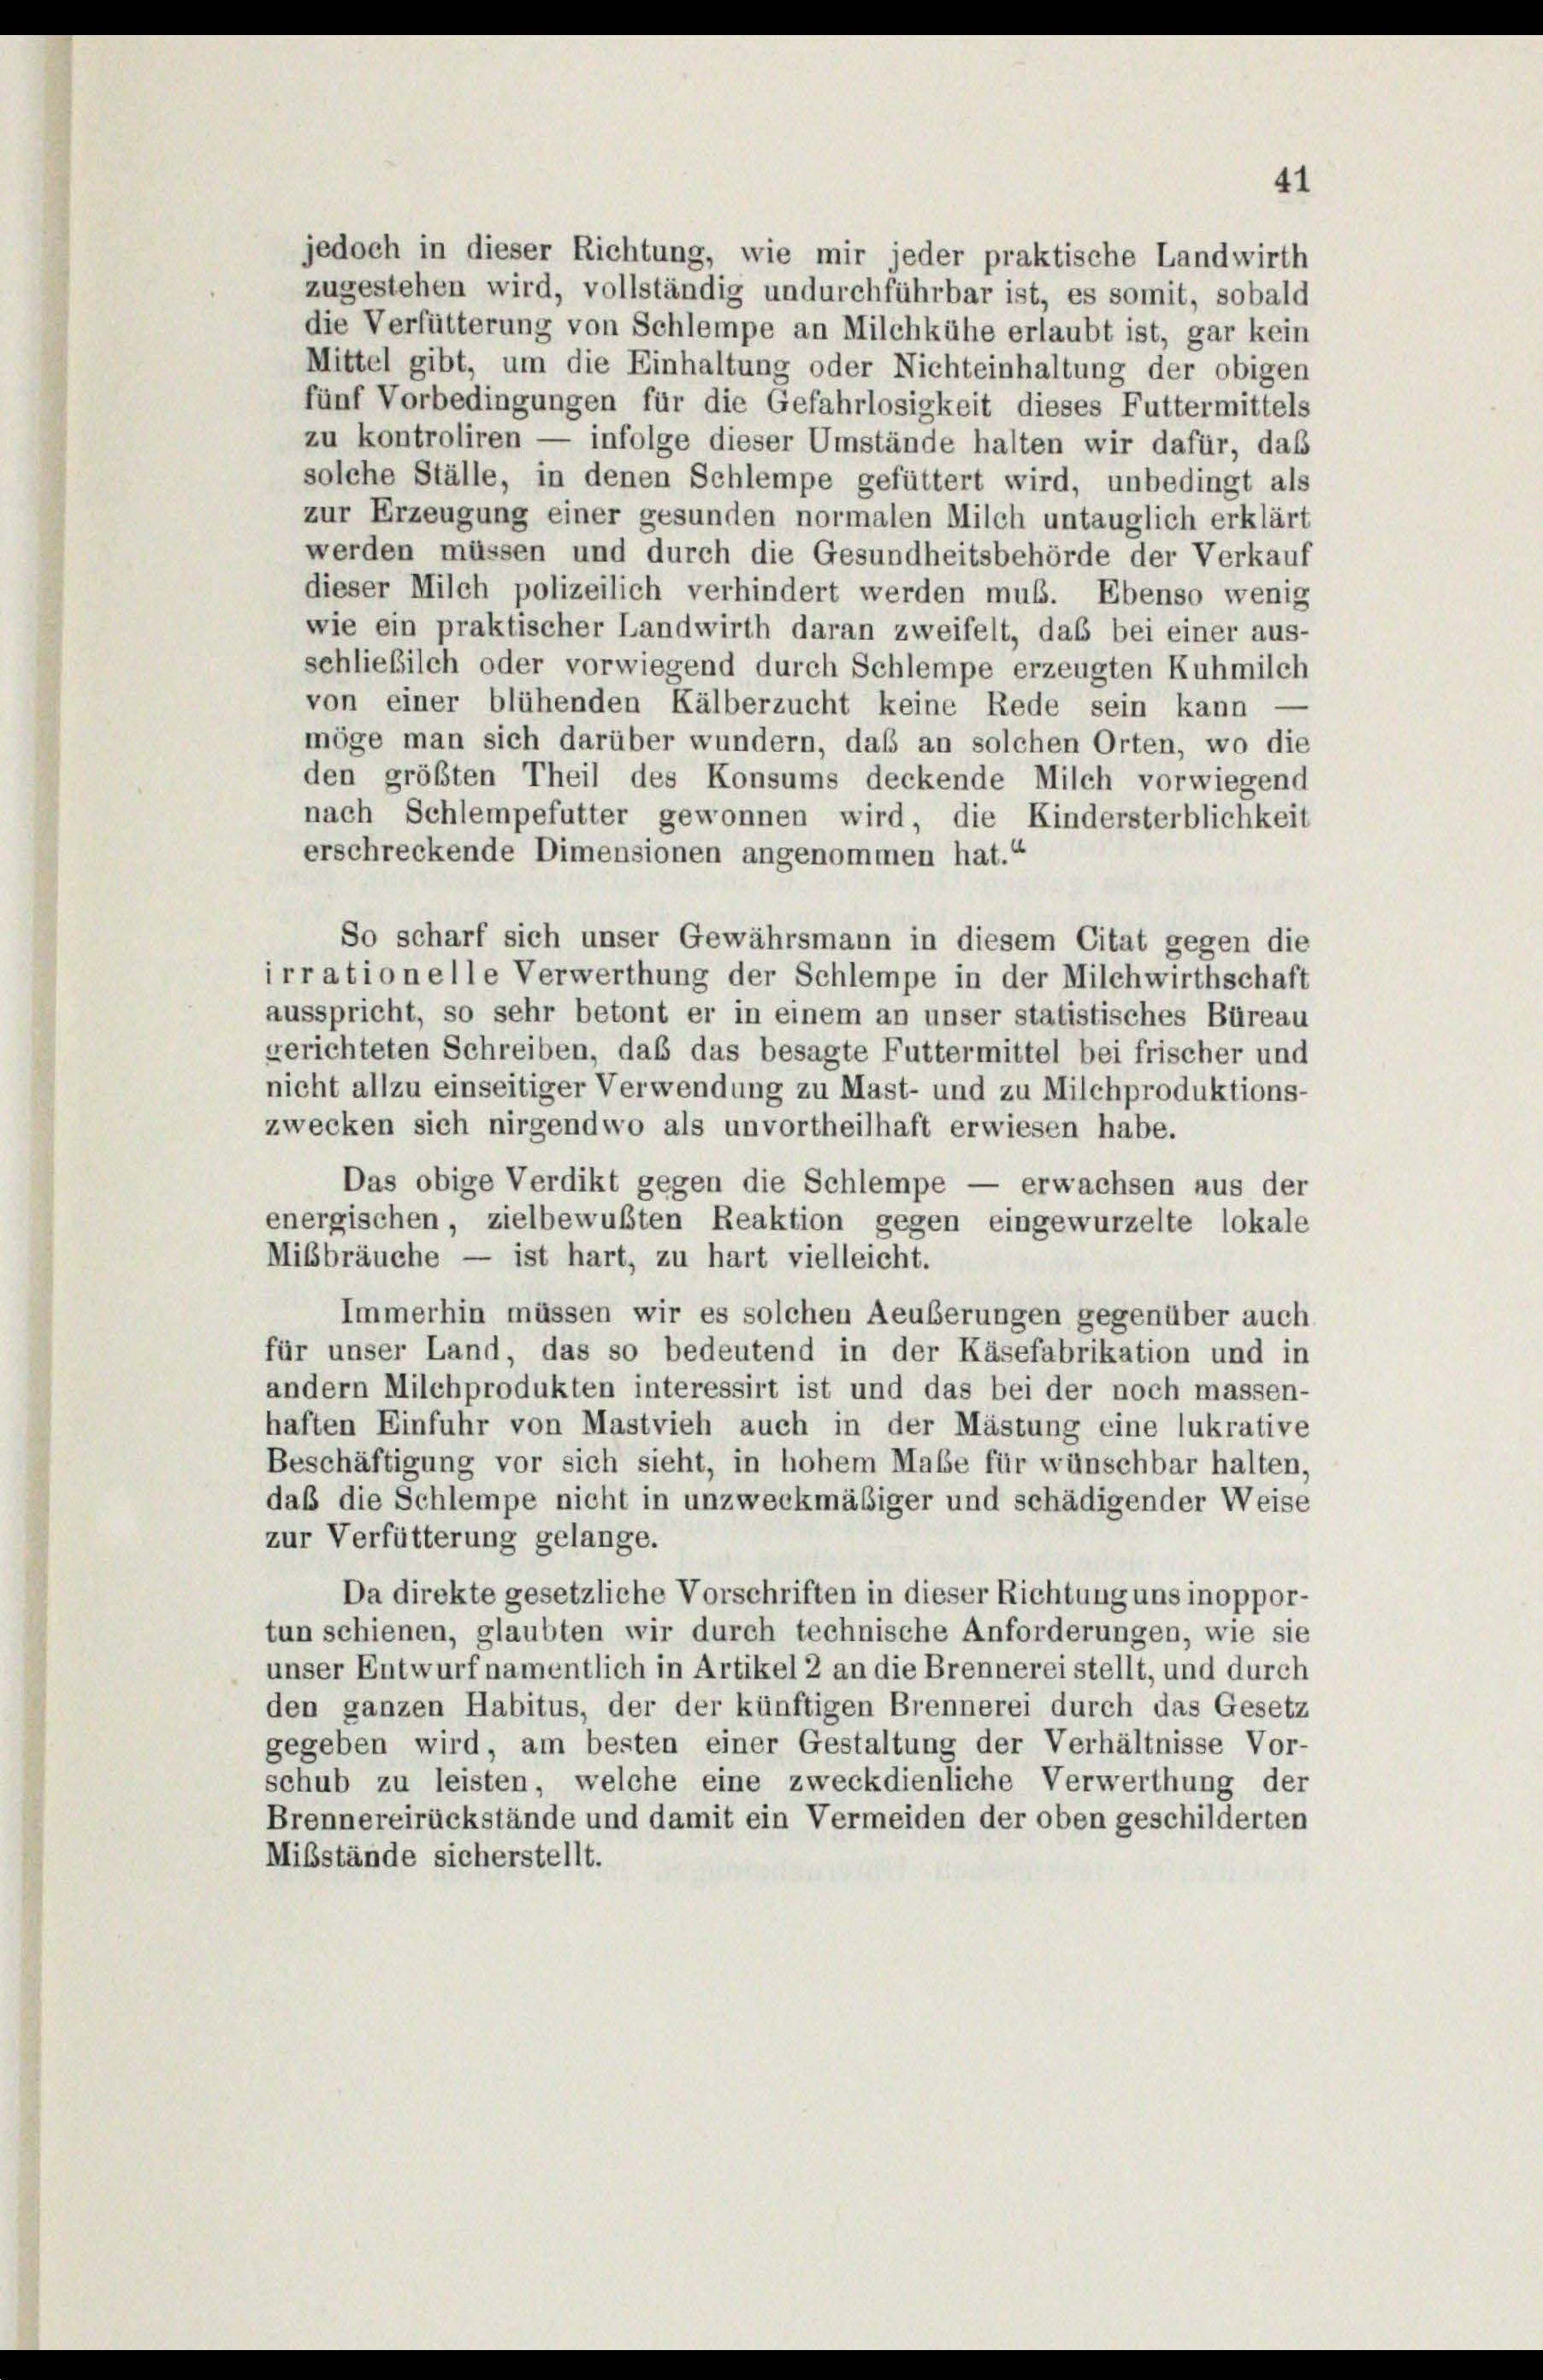
jedoch in dieser Richtung, wie mir jeder praktische Landwirth
zugestehen wird, vollständig undurchführbar ist, es somit, sobald
die Verfütterung von Schlempe an Milchkühe erlaubt ist, gar kein
Mittel gibt, um die Einhaltung oder Nichteinhaltung der obigen
fünf Vorbedingungen für die Gefahrlosigkeit dieses Futtermittels
zu kontroliren — infolge dieser Umstände halten wir dafür, das
solche Ställe, in denen Schlempe gefüttert wird, unbedingt als
zur Erzeugung einer gesunden normalen Milch untauglich erklärt
werden müssen und durch die Gesundheitsbehörde der Verkauf
dieser Milch polizeilich verhindert werden muß. Ebenso wenig
wie ein praktischer Landwirth daran zweifelt, das bei einer aus-
schließilch oder vorwiegend durch Schlempe erzeugten Kuhmilch
von einer blühenden Kälberzucht keine Rede sein kann
möge man sich darüber wundern, daß an solchen Orten, wo die
den größten Theil des Konsums deckende Milch vorwiegend
nach Schlempefutter gewonnen wird, die Kindersterblichkeit
erschreckende Dimensionen angenommen hat.“
So scharf sich unser Gewährsmann in diesem Citat gegen die
irrationelle Verwerthung der Schlempe in der Milchwirthschaft
ausspricht, so sehr betont er in einem an unser statistisches Büreau
gerichteten Schreiben, daß das besagte Futtermittel bei frischer und
nicht allzu einseitiger Verwendung zu Mast- und zu Milchproduktions-
zwecken sich nirgendwo als unvortheilhaft erwiesen habe.
Das obige Verdikt gegen die Schlempe — erwachsen aus der
energischen, zielbewußten Reaktion gegen eingewurzelte lokale
Mißbräuche — ist hart, zu hart vielleicht.
Immerhin müssen wir es solchen Aeußerungen gegenüber auch
für unser Land, das so bedeutend in der Käsefabrikation und in
andern Milchprodukten interessirt ist und das bei der noch massen-
haften Einfuhr von Mastvieh auch in der Mästung eine lukrative
Beschäftigung vor sich sieht, in hohem Maße für wünschbar halten,
daß die Schlempe nicht in unzweckmäßiger und schädigender Weise
zur Verfütterung gelange.
Da direkte gesetzliche Vorschriften in dieser Richtung uns inoppor-
tun schienen, glaubten wir durch technische Anforderungen, wie sie
unser Entwurf namentlich in Artikel 2 an die Brennerei stellt, und durch
den ganzen Habitus, der der künftigen Brennerei durch das Gesetz
gegeben wird, am besten einer Gestaltung der Verhältnisse Vor-
schub zu leisten, welche eine zweckdienliche Verwerthung der
Brennereirückstände und damit ein Vermeiden der oben geschilderten
Mißstände sicherstellt.

41